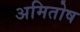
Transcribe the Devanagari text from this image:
अमितोष